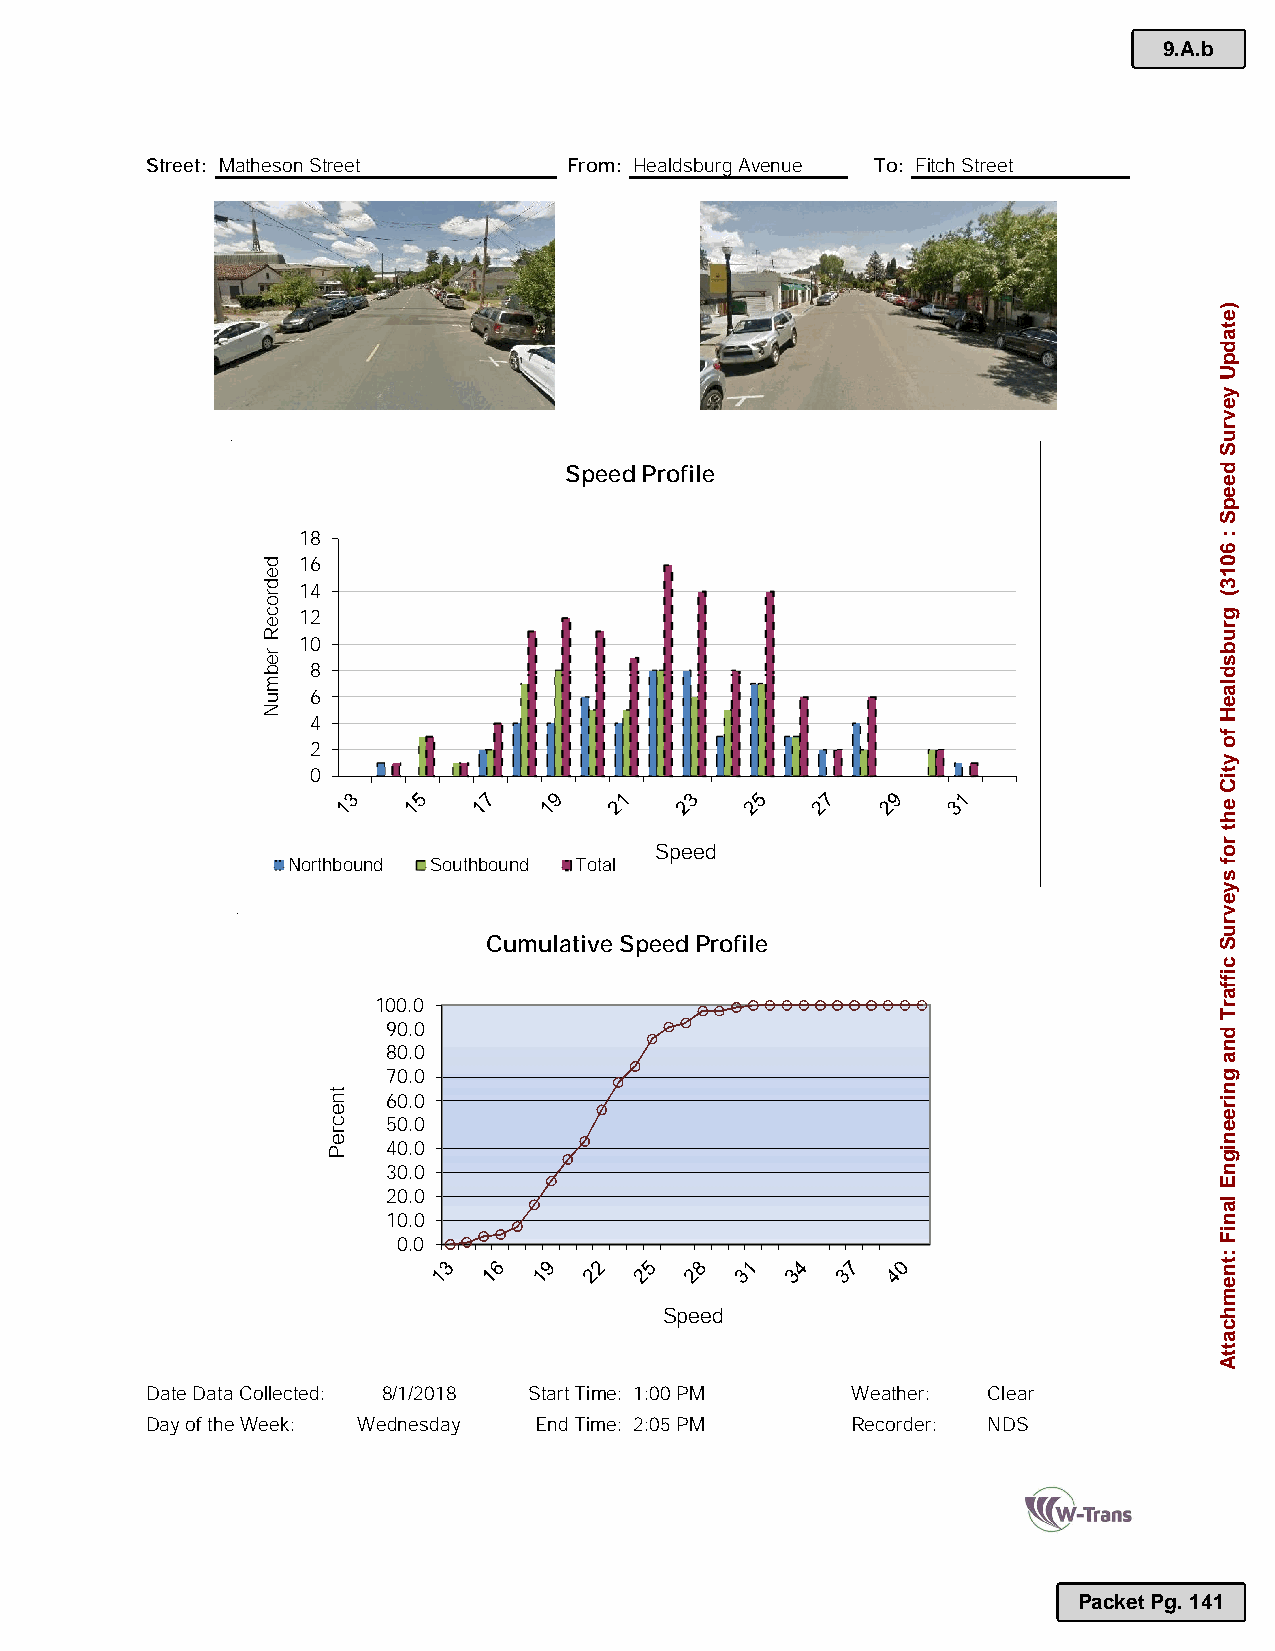
9.A.b
 Street: Matheson Street     From: Healdsburg Avenue To: Fitch Street
 PHOTO                            PHOTO
 Speed Profile
 18
 16
 14
 12
 10
 8
 6
 4
 2
 0
 Speed
 Northbound Southbound Total
 Cumulative Speed Profile
 100.0
 90.0
 80.0
 70.0
 60.0
 50.0
 40.0
 30.0
 20.0
 10.0
 0.0
 Speed
 Date Data Collected: 8/1/2018 Start Time: 1:00 PM Weather: Clear
 Day of the Week: Wednesday End Time: 2:05 PM  Recorder: NDS
 Packet Pg. 141
 dedroceR
 rebmuN
 tnecreP
 )etadpU
 yevruS
 deepS
 :
 6013(
 grubsdlaeH
 fo
 ytiC
 eht
 rof
 syevruS
 ciffarT
 dna
 gnireenignE
 laniF
 :tnemhcattA